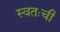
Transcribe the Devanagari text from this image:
स्वतःची